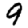
Digit: 9